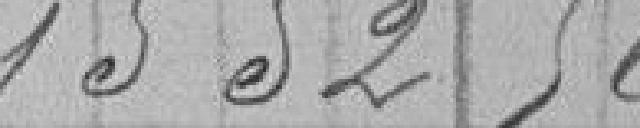
1 552,56